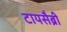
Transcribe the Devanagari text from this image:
टायसैब्री